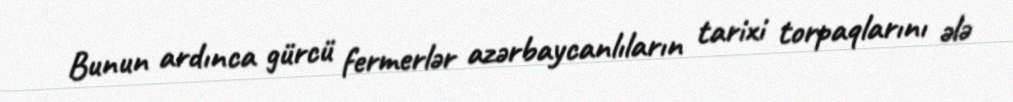
Bunun ardınca gürcü fermerlər azərbaycanlıların tarixi torpaqlarını ələ